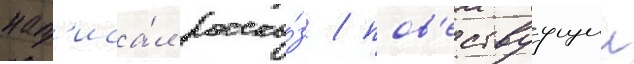
нап'иса́л расска́з / пов'ествуущии